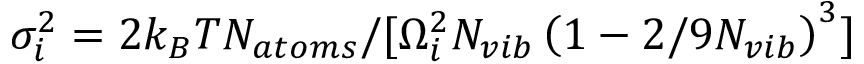
\sigma _ { i } ^ { 2 } = 2 k _ { B } T N _ { a t o m s } / [ \Omega _ { i } ^ { 2 } N _ { v i b } \left( 1 - 2 / 9 N _ { v i b } \right) ^ { 3 } ]